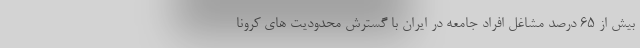
بیش از 65 درصد مشاغل افراد جامعه در ایران با گسترش محدودیت های کرونا